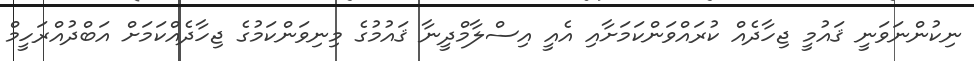
ނިކުންނަވަނީ ޤައުމީ ޖިހާދެއް ކުރައްވަންކަމަށާއި އެއީ އިސްލާމްދީނާ ޤައުމުގެ މިނިވަންކަމުގެ ޖިހާދެއްކަމަށް އަބްދުއްރަހީމް